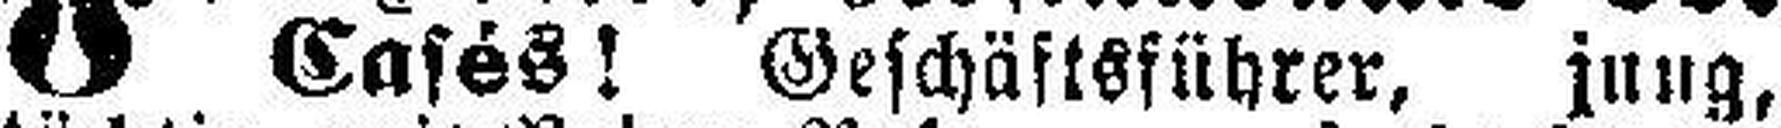
Casés! Geschäftsführer, jung,